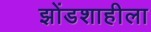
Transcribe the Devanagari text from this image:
झोंडशाहीला